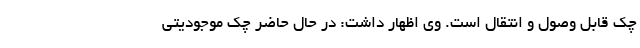
چک قابل وصول و انتقال است. وی اظهار داشت: در حال حاضر چک موجودیتی